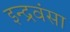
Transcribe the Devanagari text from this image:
इन्द्रवंसा